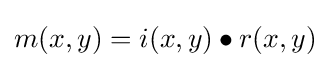
m(x,y)=i(x,y)\bullet r(x,y)